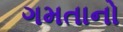
ગમતાનો